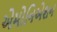
એમોનિએશન